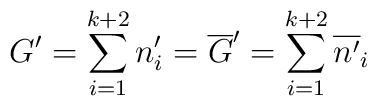
G' = \sum_{i=1}^{k+2} n'_i = \overline{G}' = \sum_{i=1}^{k+2} \overline{n'}_i